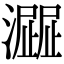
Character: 𤁍